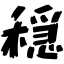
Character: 穏